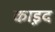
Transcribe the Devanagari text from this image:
का़इद